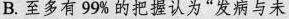
B.至多有99%的把握认为”发病与未